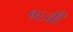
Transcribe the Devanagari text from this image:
१६वीँ